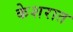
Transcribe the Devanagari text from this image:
केशरात